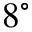
8 ^ { \circ }